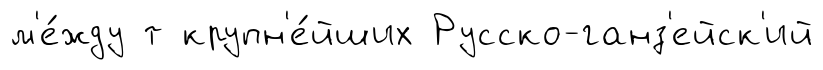
м'е́жду т крупн'е́йших Русско-ганз'ейск'ий